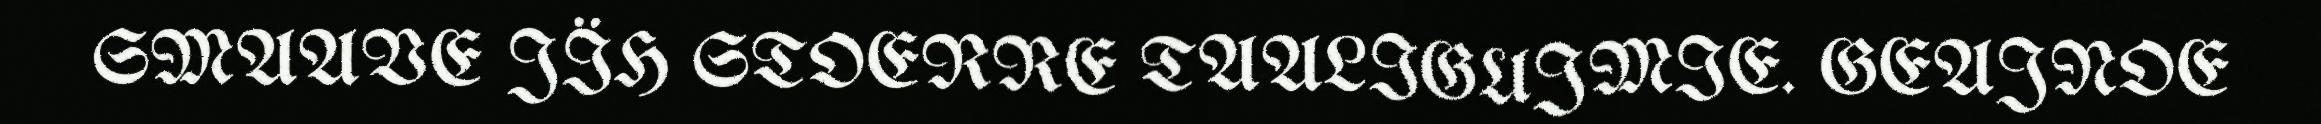
SMAAVE JÏH STOERRE TAALIGUJMIE. GEAJNOE